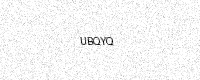
Text: UBQYQ